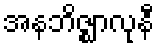
အနဘိဇ္ဈာလုနီ